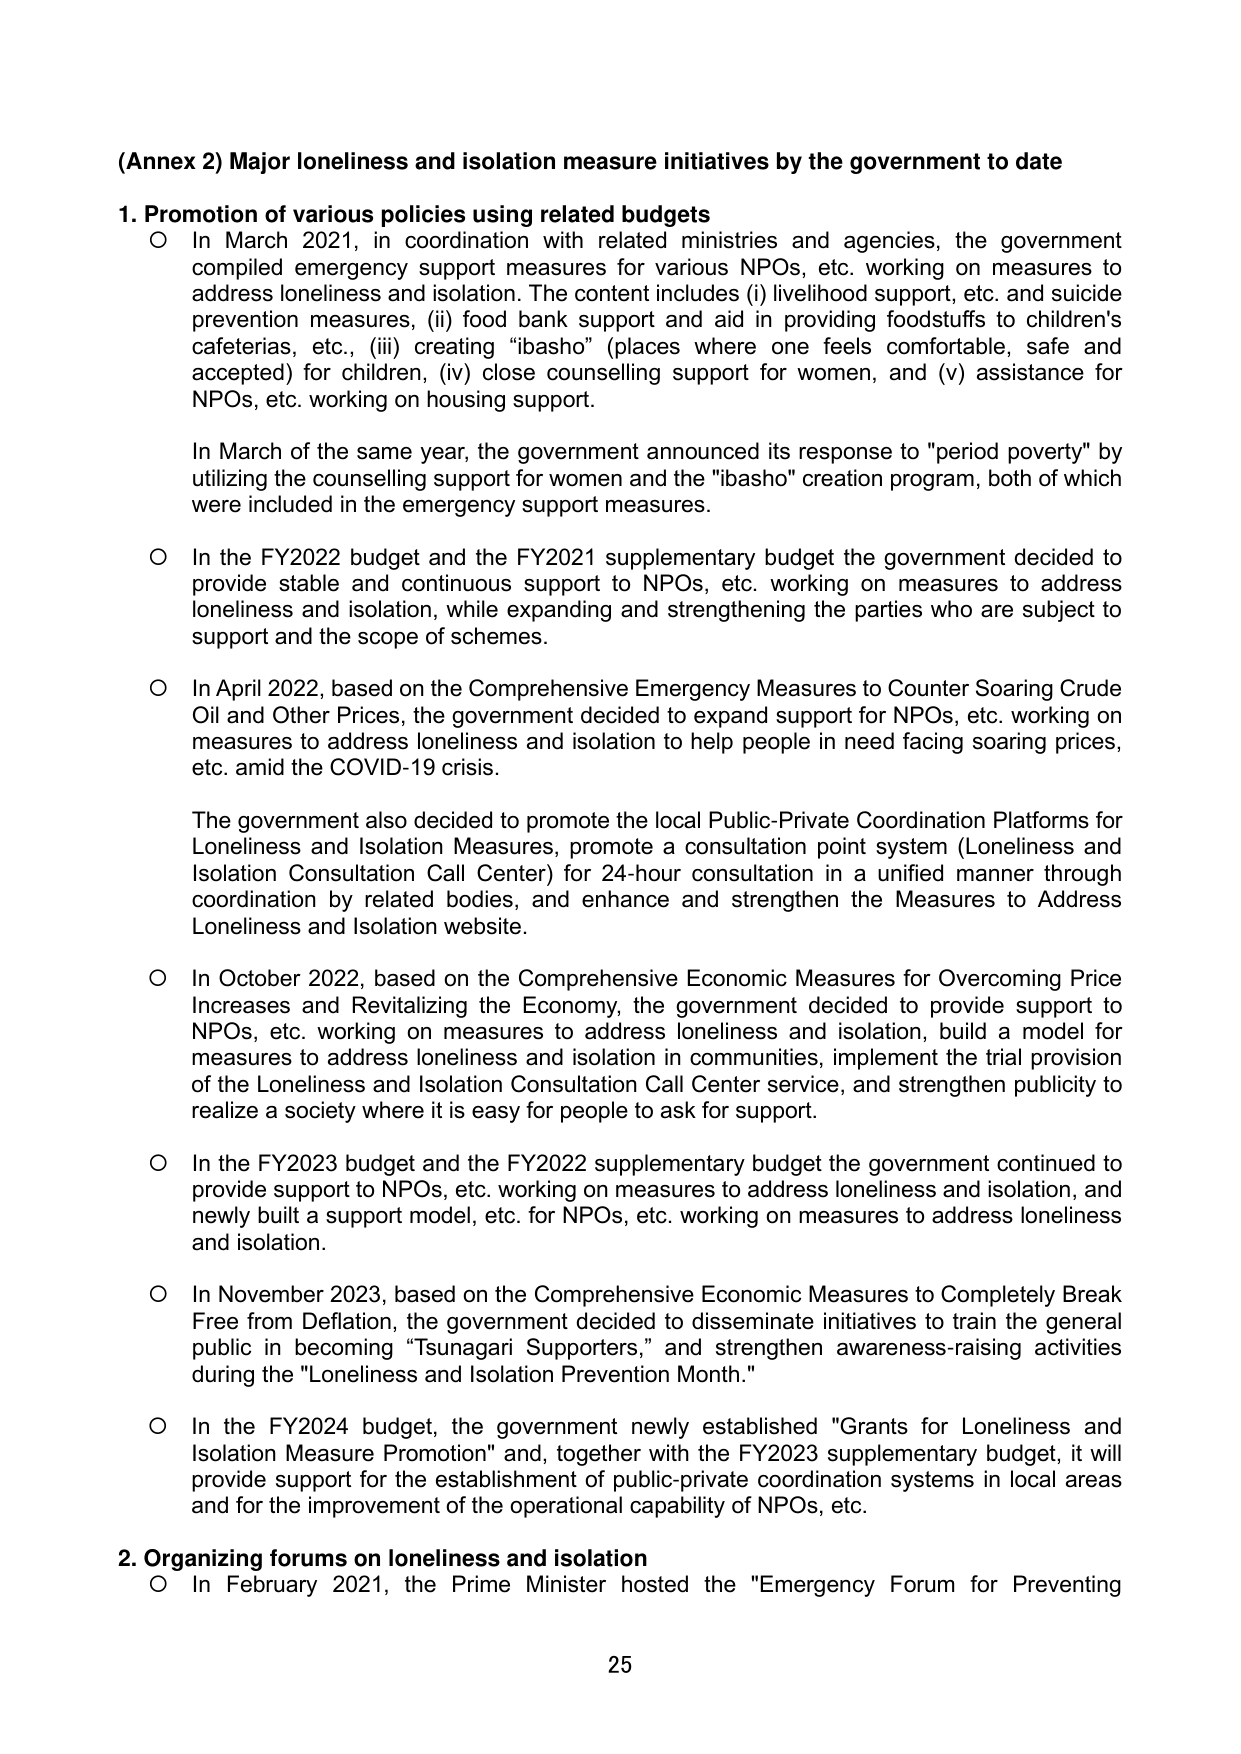
(Annex 2) Major loneliness and isolation measure initiatives by the government to date

1. Promotion of various policies using related budgets
○ In March 2021, in coordination with related ministries and agencies, the government compiled emergency support measures for various NPOs, etc. working on measures to address loneliness and isolation. The content includes (i) livelihood support, etc. and suicide prevention measures, (ii) food bank support and aid in providing foodstuffs to children's cafeterias, etc., (iii) creating "ibasho" (places where one feels comfortable, safe and accepted) for children, (iv) close counselling support for women, and (v) assistance for NPOs, etc. working on housing support.

In March of the same year, the government announced its response to "period poverty" by utilizing the counselling support for women and the "ibasho" creation program, both of which were included in the emergency support measures.

○ In the FY2022 budget and the FY2021 supplementary budget the government decided to provide stable and continuous support to NPOs, etc. working on measures to address loneliness and isolation, while expanding and strengthening the parties who are subject to support and the scope of schemes.

○ In April 2022, based on the Comprehensive Emergency Measures to Counter Soaring Crude Oil and Other Prices, the government decided to expand support for NPOs, etc. working on measures to address loneliness and isolation to help people in need facing soaring prices, etc. amid the COVID-19 crisis.

The government also decided to promote the local Public-Private Coordination Platforms for Loneliness and Isolation Measures, promote a consultation point system (Loneliness and Isolation Consultation Call Center) for 24-hour consultation in a unified manner through coordination by related bodies, and enhance and strengthen the Measures to Address Loneliness and Isolation website.

○ In October 2022, based on the Comprehensive Economic Measures for Overcoming Price Increases and Revitalizing the Economy, the government decided to provide support to NPOs, etc. working on measures to address loneliness and isolation, build a model for measures to address loneliness and isolation in communities, implement the trial provision of the Loneliness and Isolation Consultation Call Center service, and strengthen publicity to realize a society where it is easy for people to ask for support.

○ In the FY2023 budget and the FY2022 supplementary budget the government continued to provide support to NPOs, etc. working on measures to address loneliness and isolation, and newly built a support model, etc. for NPOs, etc. working on measures to address loneliness and isolation.

○ In November 2023, based on the Comprehensive Economic Measures to Completely Break Free from Deflation, the government decided to disseminate initiatives to train the general public in becoming "Tsunagari Supporters," and strengthen awareness-raising activities during the "Loneliness and Isolation Prevention Month."

○ In the FY2024 budget, the government newly established "Grants for Loneliness and Isolation Measure Promotion" and, together with the FY2023 supplementary budget, it will provide support for the establishment of public-private coordination systems in local areas and for the improvement of the operational capability of NPOs, etc.

2. Organizing forums on loneliness and isolation
○ In February 2021, the Prime Minister hosted the "Emergency Forum for Preventing

25